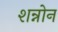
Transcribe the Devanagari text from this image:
शन्नोन